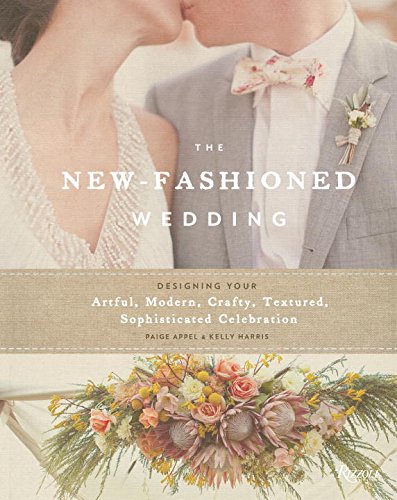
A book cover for The New-Fashioned Wedding: Designing Your Artful, Modern, Crafty, Textured, Sophisticated Celebration; Paige Appel; Crafts, Hobbies & Home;